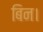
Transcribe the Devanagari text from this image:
बिन।